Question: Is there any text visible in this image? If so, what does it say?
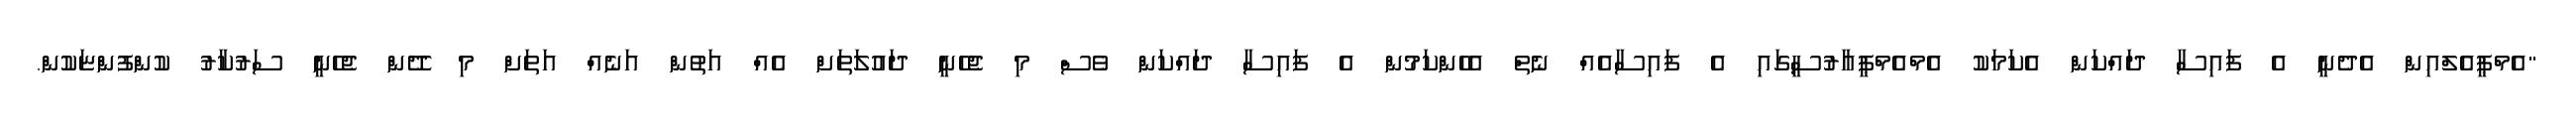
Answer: "އެމްޕީއެލްއިން އެދެނީ އެ ފައިސާ ދައްކަން އެކަމަކު އެމްއެމްޕީއާރުސީގައި އެ ފައިސާއެއް ނެތް އެހެންކަމުން އެ ފައިސާ ދައްކަން ވެސް މި ޖެހެނީ ދައުލަތަށް އެއް އަތުން އަނެއް އަތަށް މި ދޭން ޖެހެނީ ސަރުކާރު ކުންފުންޏަކުން.